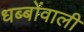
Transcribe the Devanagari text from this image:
धब्बोंवाली